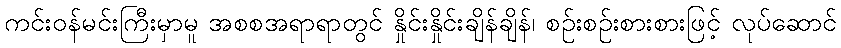
ကင်းဝန်မင်းကြီးမှာမူ အစစအရာရာတွင် နှိုင်းနှိုင်းချိန်ချိန်၊ စဉ်းစဉ်းစားစားဖြင့် လုပ်ဆောင်